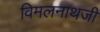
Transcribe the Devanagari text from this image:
विमलनाथजी